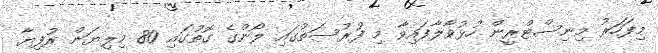
މިފަހަރު މިނިސްޓްރީން ހުޅުވާލާފައިވާ މި ފުރުސަތުގައި ލޯންގެ ގޮތުގައި 80 މިލިޔަން ރުފިޔާ